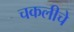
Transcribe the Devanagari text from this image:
चकलीचे